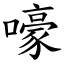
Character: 嚎